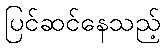
ပြင်ဆင်နေသည့်